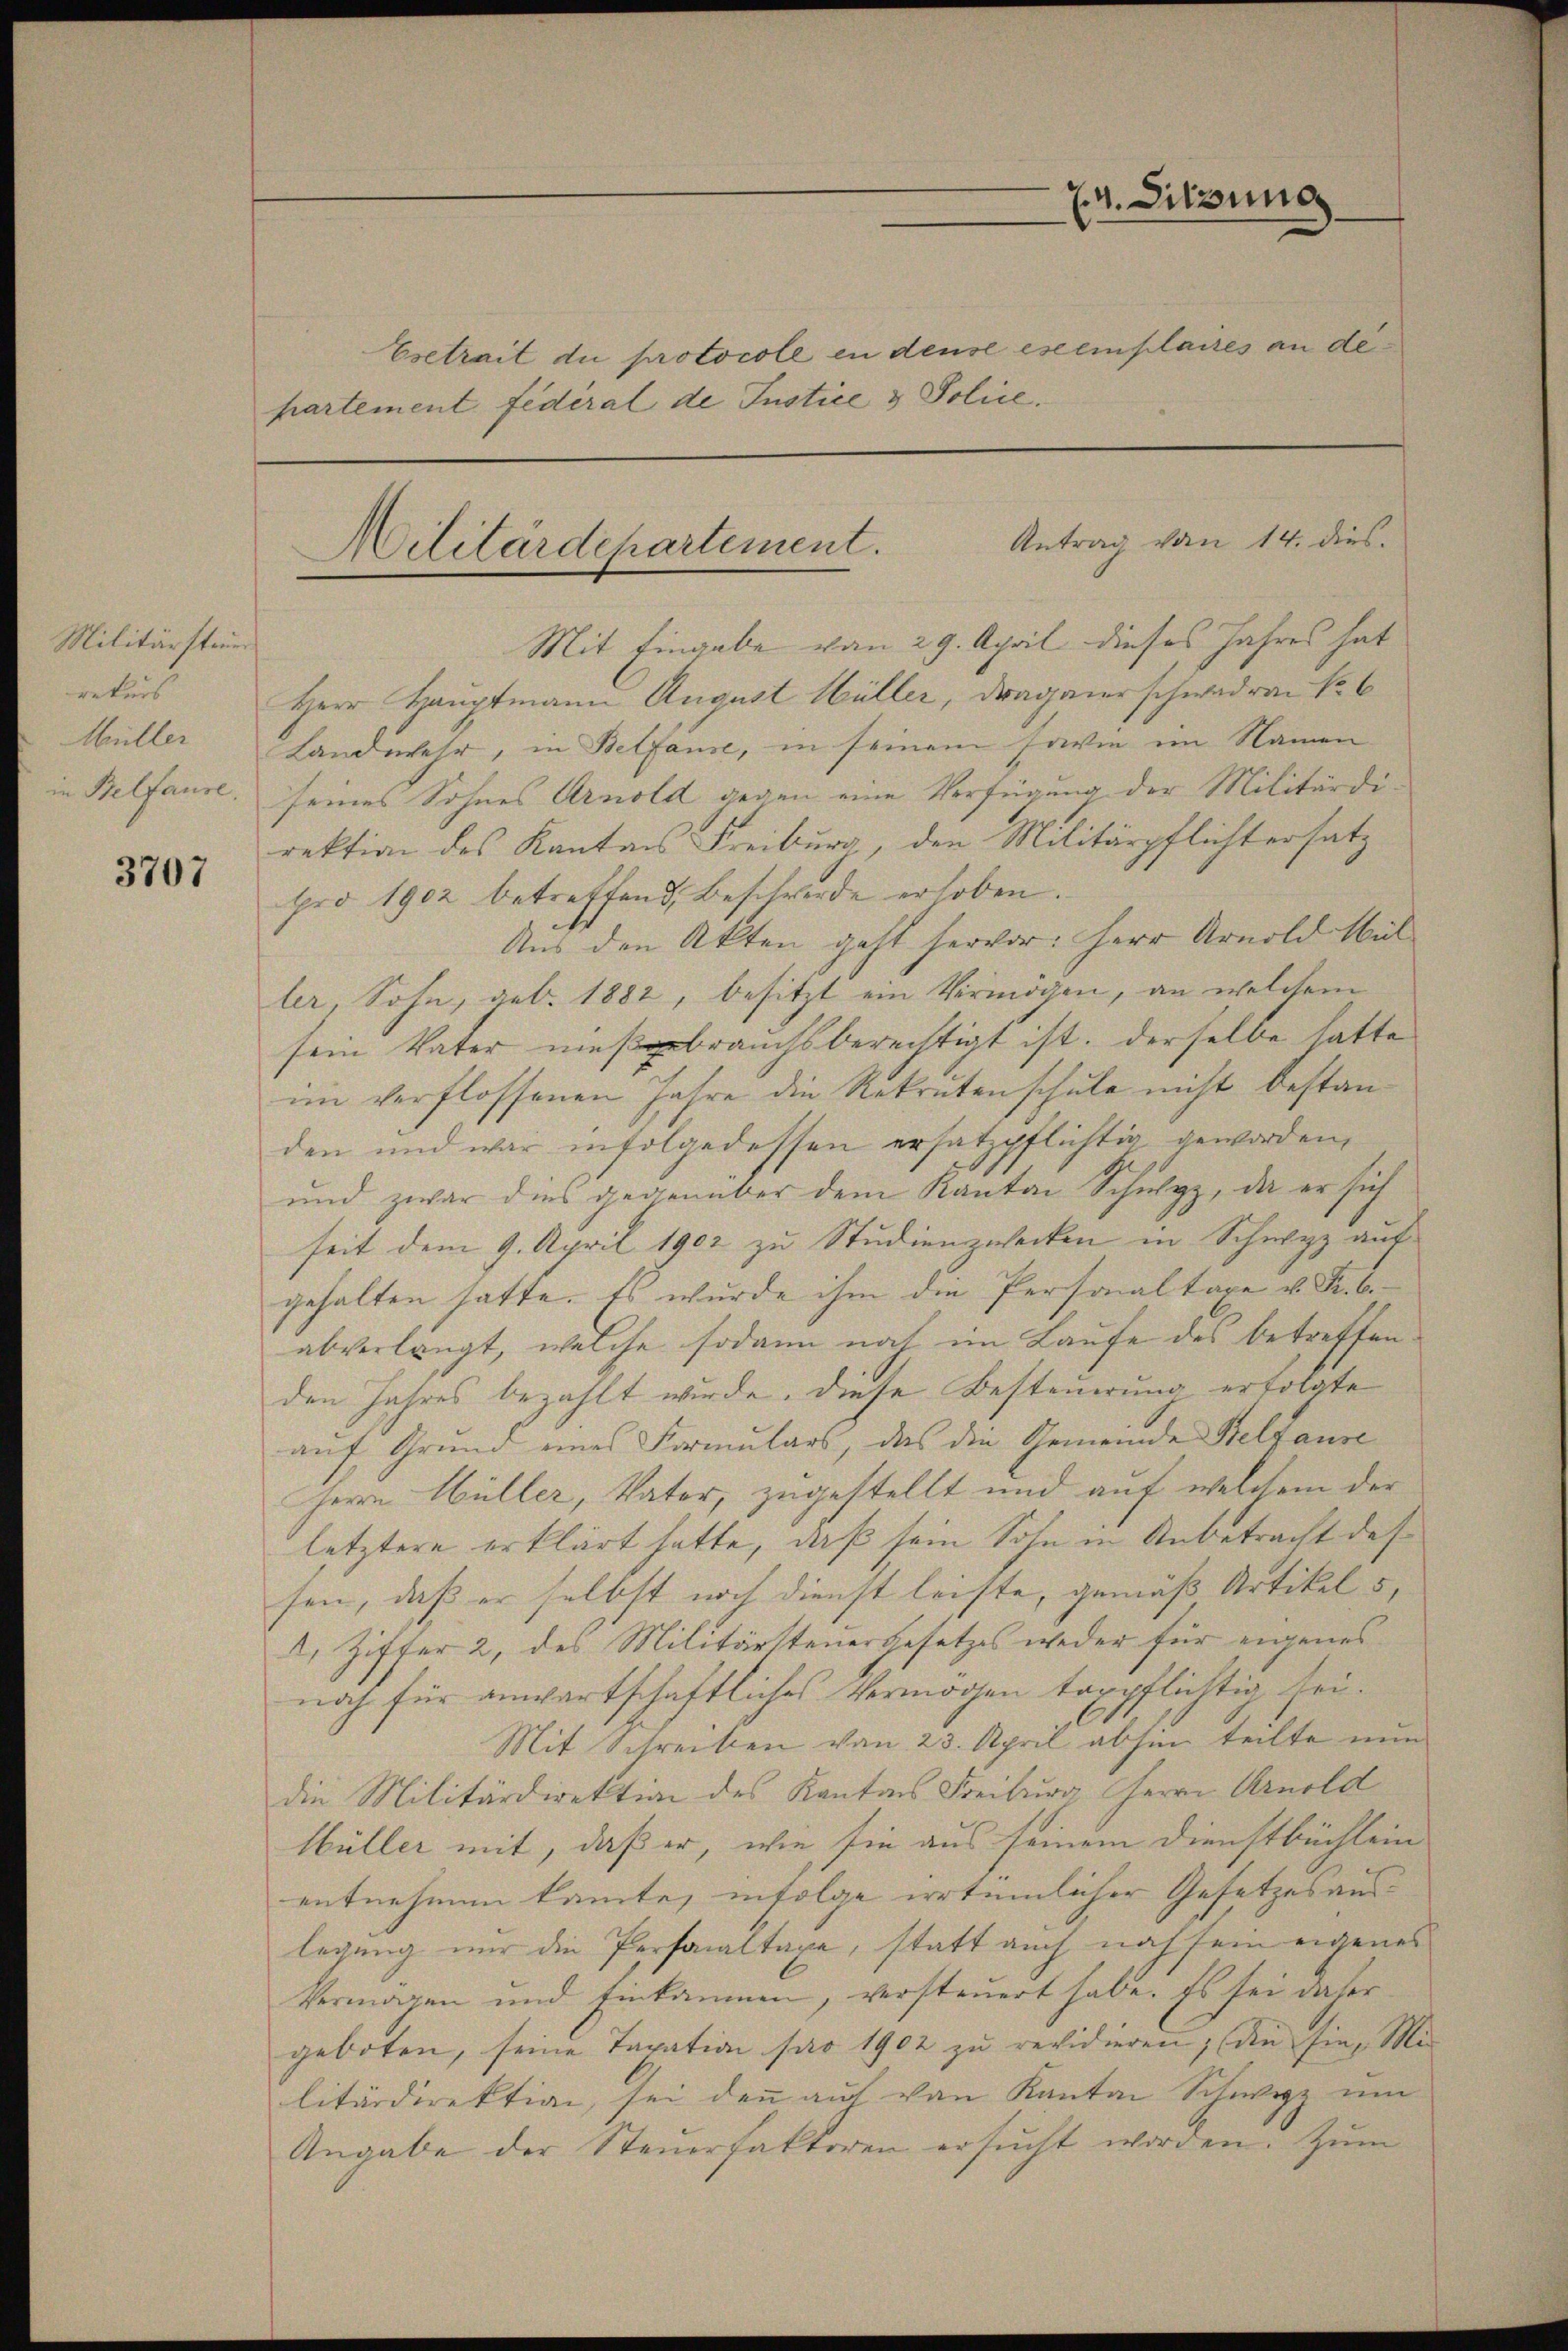
Militärsteuer
rekurs
Müller
in Belfause.

3707

partement fédéral de Justice & Police.

2
Antrag von 14. dies
Militärdepartement.

Mit Eingabe vom 29. April dieses Jahres hat
Herr Hauptmann August Müller, Draganer schwederen No 6
Landwehr, in Bettause, in seinem sowie im Namen
seines Sohnes Arnold gegen eine Verfügung der Militärdirektion des Kantons Freiburg, den Militärpflichtersatz
pro 1902 betreffend, Beschwerde erhoben.
Aus den Akten geht hervor: Herr Arnold Wil
ler, Sohn, geb. 1882, besitzt ein Vermögen, an welchem
sein Vater nie gebrauchsberechtigt ist. Derselbe hatte
im verflossenen Jahre die Rekretenschule nicht bestanden und war infolgedessen ersatzpflichtig geworden,
und zwar dies gegenüber dem Kanton Schwyz, da er sich
seit dem 9. April 1902 zu Studienzwecken in Schwyz auf
gehalten hatte. Es wurde ihm die Personaltaxe v. Fr. 6.
abverlangt, welche sodann noch im Laufe des betreffenden Jahres bezahlt wurde, diese Besteuerung erfolgte
auf Grund eines Formulars, das die Gemeinde Beltause
Herrn Hüller, Vater, zugestellt und auf welchem der
letztere erklärt hatte, daß sein Sohn in Anbetracht des
sen, daß er selbst noch dienst leihte, gemäß Artikel 5,
2. Ziffer 2, des Militärsteuergesetzes weder für eigenes
noch für anwartschaftliches Vermögen tappflichtig sei.
Mit Schreiben von 23. April abhin teilte nun
die Militärdirektion des Kantons Freiburg Herrn Arnold
Müller mit, daß er, wie sie aus seinem Dienstbüchlein
entnehmen kannte, infolge irrtümlicher Gesetzes auslegung nur die Personaltaxe, statt auch noch sein eigenes
Vermögen und Einkammen, versteuert habe. Es sei daher
geboten, seine Taxation pro 1902 zu revidieren, (die Ein Mi
litärdirektion, sei denn auf von Kanton Schwyz um
Angabe der Steuerfaktoren ersucht worden. Zum

4. Sitzung
Esetrait du protocoll in dense exemplares an de